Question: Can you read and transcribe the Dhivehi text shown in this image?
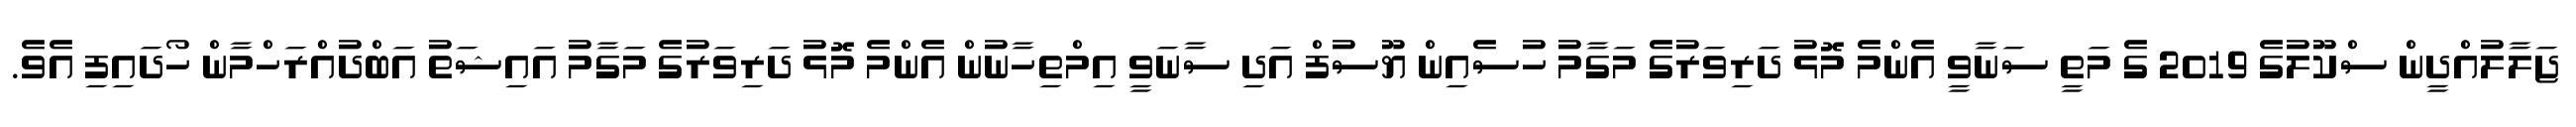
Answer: ޖަލާލުއްދީން ސްކޫލުގެ 2019 ގެ މަތީ ސަނާވީ އެންމެ މޮޅު ދަރިވަރުގެ މަގާމު ހުސެއިން ޔޫސުފް އަދި ސާނަވީ އިމްތިހާނުން އެންމެ މޮޅު ދަރިވަރުގެ މަގާމު އައިޝަތު އަބްދުއްރަހްމާން ހޯދައިފި އެވެ.